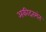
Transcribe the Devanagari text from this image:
अकीदतमंत